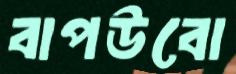
বাপউবো